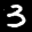
Label: 3